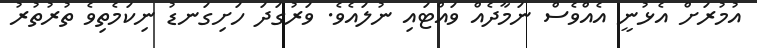
އުމުރަށް އެޅުނީ އެއްވެސް ނަމާދެއް ވައްޓައި ނުލައެވެ. ވަރުގަދަ ހަށިގަނޑު ނިކަމެތިވެ ތުރުތުރު